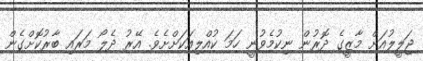
ޖަލީލުއަށް މާޒީގެ ދޮރުން ނިކުމެވުނީ ހަމަ ކުއްލިއަކަށްށެވެ. އޭރު ދެލޯ މަރައި ބާރުކޮށްގެން